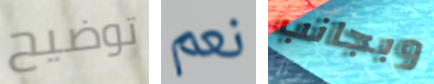
توضيح نعم وبجانب